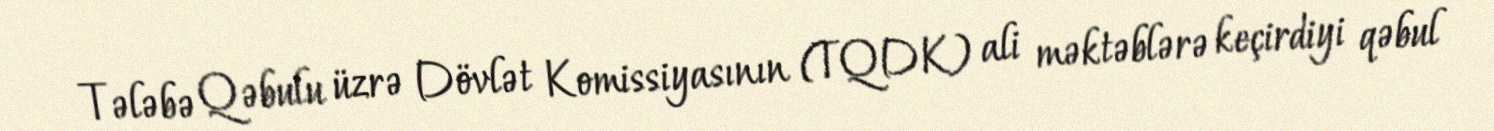
Tələbə Qəbulu üzrə Dövlət Komissiyasının (TQDK) ali məktəblərə keçirdiyi qəbul